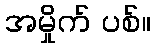
အမှိုက် ပစ်။